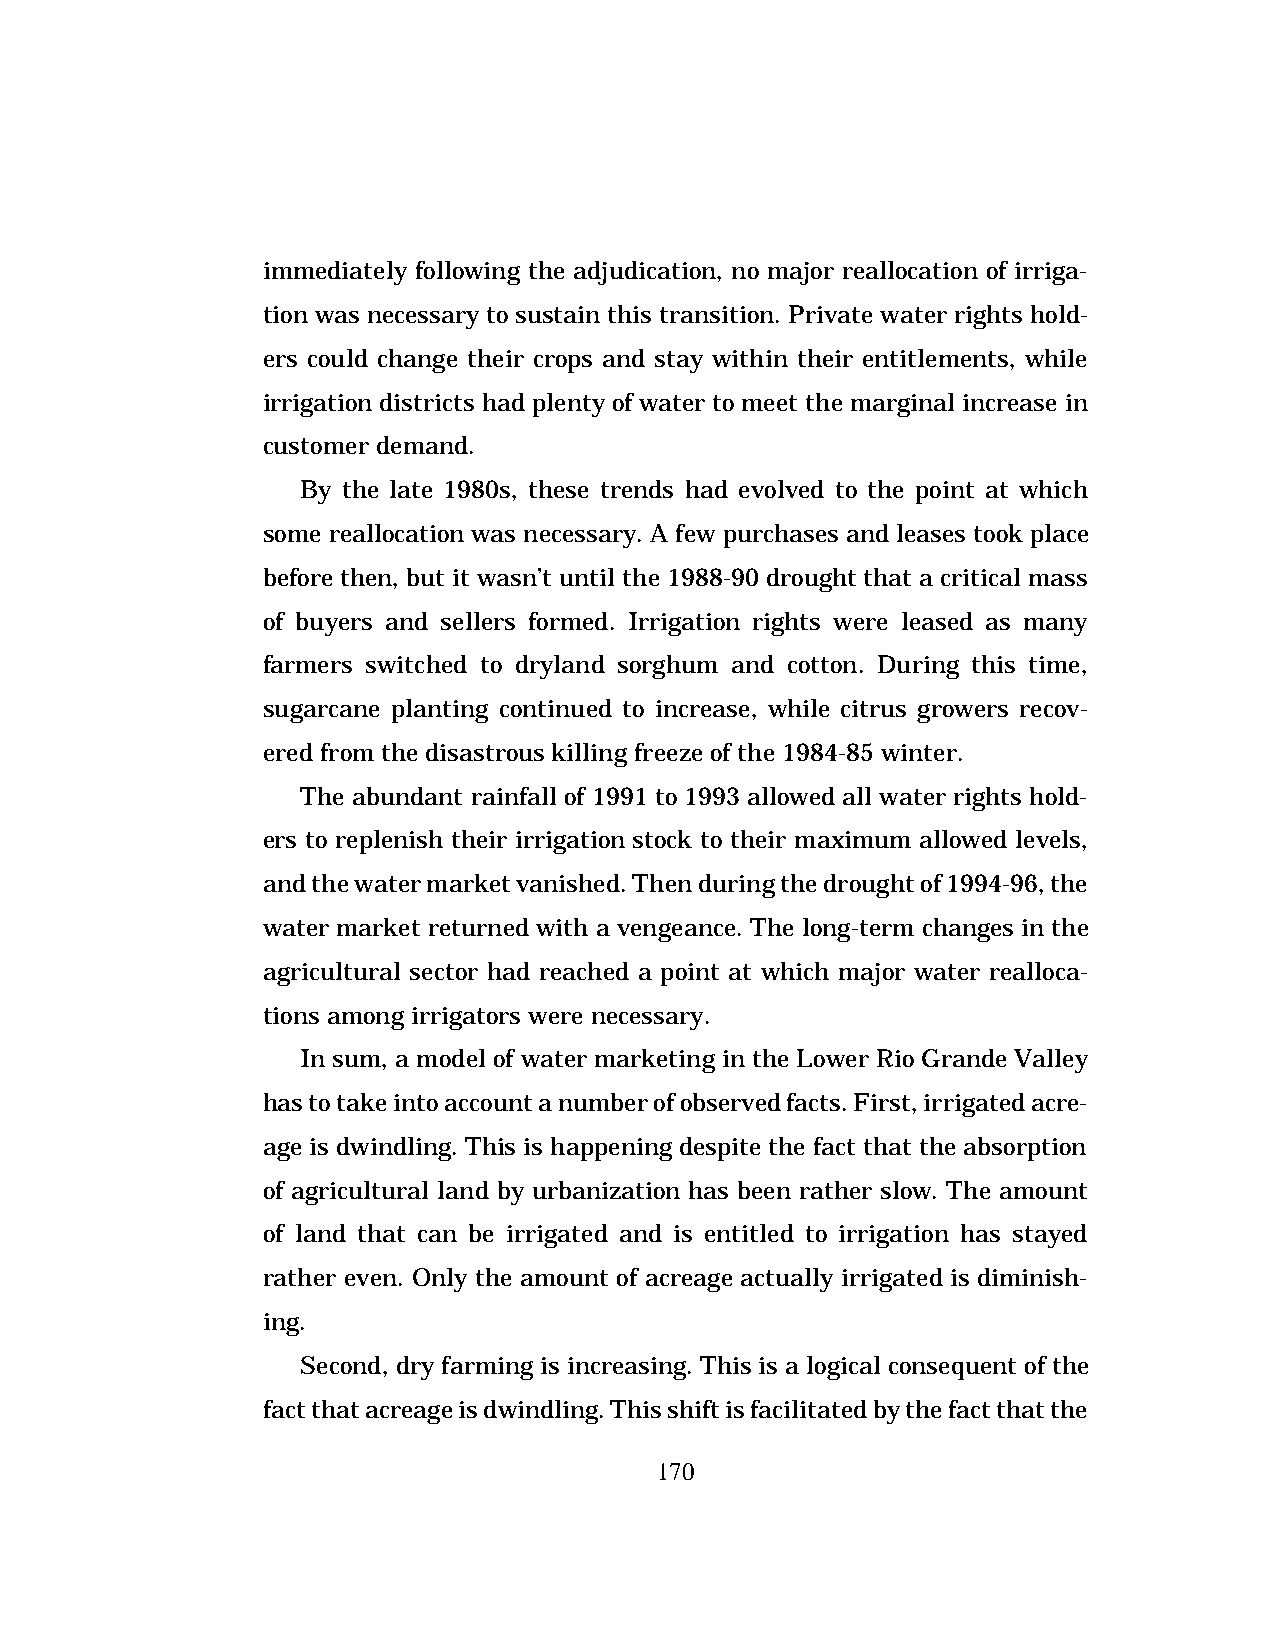
immediately following the adjudication, no major reallocation of irriga-
 tion was necessary to sustain this transition. Private water rights hold-
 ers could change their crops and stay within their entitlements, while
 irrigation districts had plenty of water to meet the marginal increase in
 customer demand.
 By the late 1980s, these trends had evolved to the point at which
 some reallocation was necessary. A few purchases and leases took place
 before then, but it wasn’t until the 1988-90 drought that a critical mass
 of buyers and sellers formed. Irrigation rights were leased as many
 farmers switched to dryland sorghum and cotton. During this time,
 sugarcane planting continued to increase, while citrus growers recov-
 ered from the disastrous killing freeze of the 1984-85 winter.
 The abundant rainfall of 1991 to 1993 allowed all water rights hold-
 ers to replenish their irrigation stock to their maximum allowed levels,
 and the water market vanished. Then during the drought of 1994-96, the
 water market returned with a vengeance. The long-term changes in the
 agricultural sector had reached a point at which major water realloca-
 tions among irrigators were necessary.
 In sum, a model of water marketing in the Lower Rio Grande Valley
 has to take into account a number of observed facts. First, irrigated acre-
 age is dwindling. This is happening despite the fact that the absorption
 of agricultural land by urbanization has been rather slow. The amount
 of land that can be irrigated and is entitled to irrigation has stayed
 rather even. Only the amount of acreage actually irrigated is diminish-
 ing.
 Second, dry farming is increasing. This is a logical consequent of the
 fact that acreage is dwindling. This shift is facilitated by the fact that the
 170